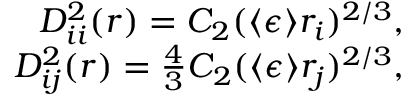
\begin{array} { r } { D _ { i i } ^ { 2 } ( r ) = C _ { 2 } ( \langle \epsilon \rangle r _ { i } ) ^ { 2 / 3 } , } \\ { D _ { i j } ^ { 2 } ( r ) = \frac { 4 } { 3 } C _ { 2 } ( \langle \epsilon \rangle r _ { j } ) ^ { 2 / 3 } , } \end{array}